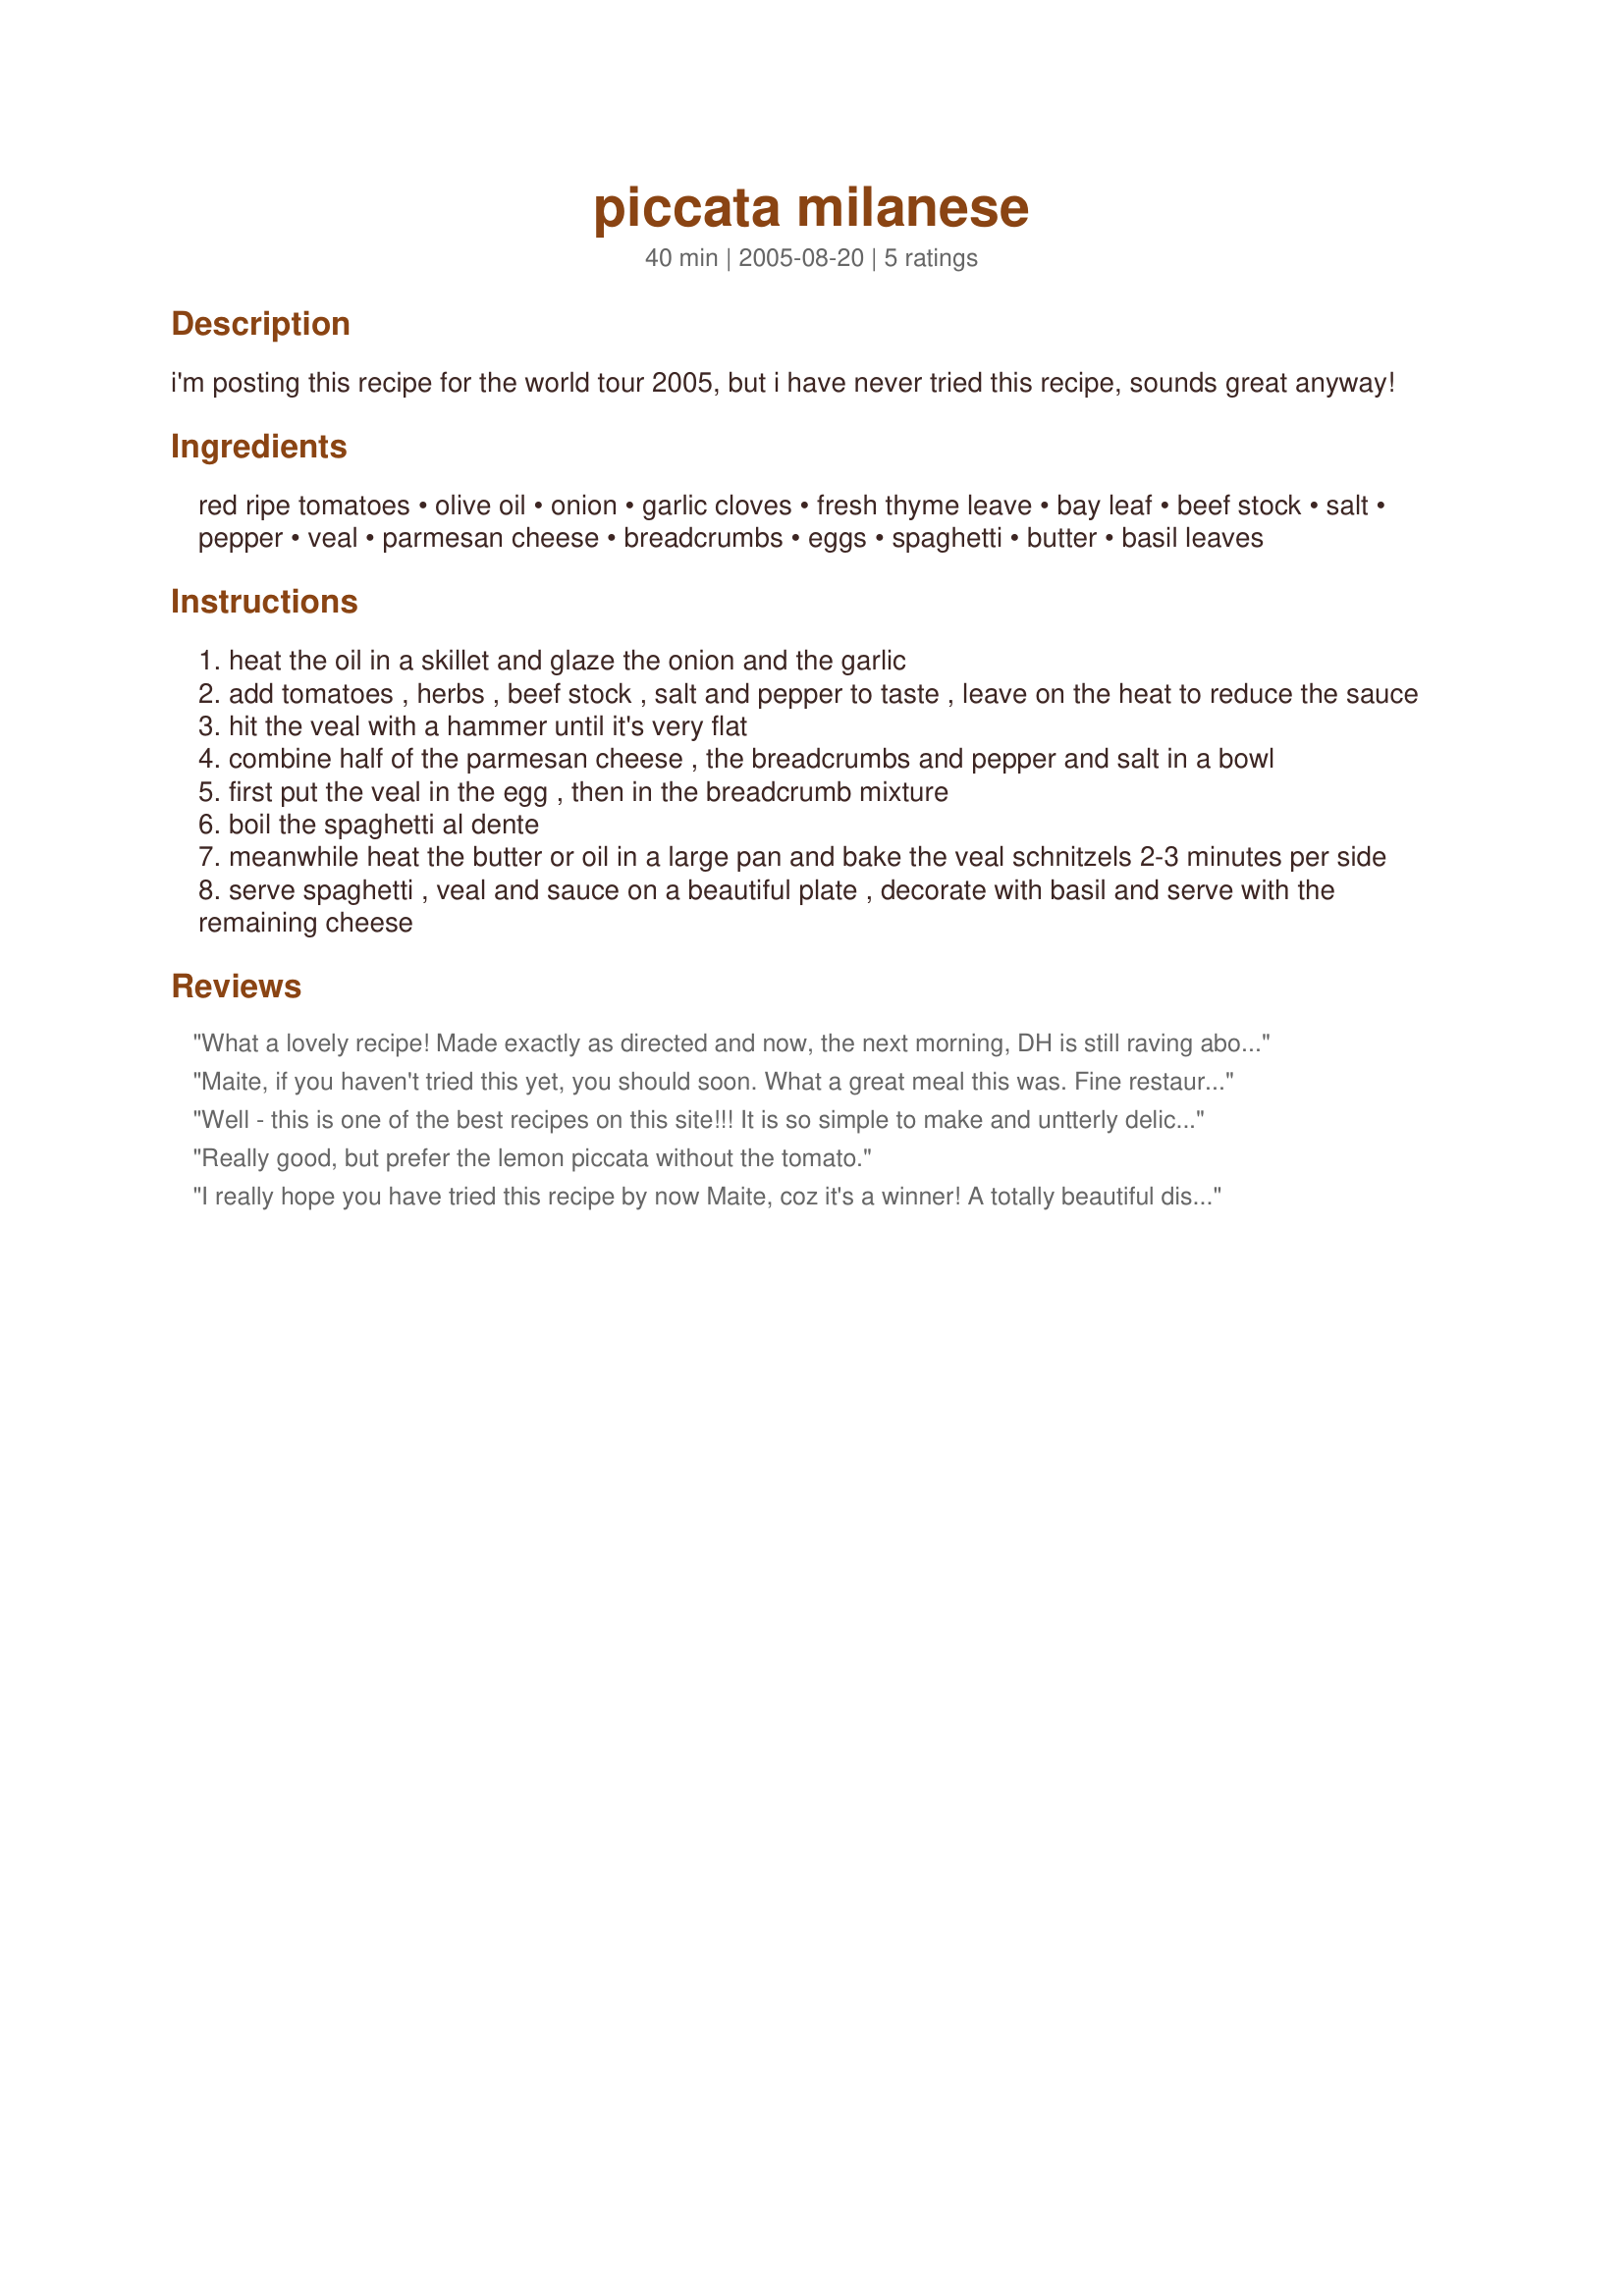
piccata milanese
Preparation time: 40 minutes

i'm posting this recipe for the world tour 2005, but i have never tried this recipe, sounds great anyway!

Ingredients:
red ripe tomatoes, olive oil, onion, garlic cloves, fresh thyme leave, bay leaf, beef stock, salt, pepper, veal, parmesan cheese, breadcrumbs, eggs, spaghetti, butter, basil leaves

Steps:
heat the oil in a skillet and glaze the onion and the garlic
add tomatoes , herbs , beef stock , salt and pepper to taste , leave on the heat to reduce the sauce
hit the veal with a hammer until it's very flat
combine half of the parmesan cheese , the breadcrumbs and pepper and salt in a bowl
first put the veal in the egg , then in the breadcrumb mixture
boil the spaghetti al dente
meanwhile heat the butter or oil in a large pan and bake the veal schnitzels 2-3 minutes per side
serve spaghetti , veal and sauce on a beautiful plate , decorate with basil and serve with the remaining cheese

Reviews:
What a lovely recipe! Made exactly as directed and now, the next morning, DH is still raving about it. Easy and loaded with flavour I would be proud to serve this to guests.
Maite, if you haven't tried this yet, you should soon. What a great meal this was. Fine restaurant quality. The sauce is nice and chunky, but fresh tasting with the pasta and veal. The recipe is a bit time consuming - with peeling the tomatoes, etc. but it's worth it. Thanks for posting this winner.
Well - this is one of the best recipes on this site!!! It is so simple to make and untterly delicious. We loved it! The only thing I did different was sprinkle spice over the veal and dust it with wholemeal flour (very lightly) - I did not do the whole crumb thing and cooked in very low oil on a pan. I also used a can of chopped tomatoes. Excellent thank you!
Really good, but prefer the lemon piccata without the tomato.
I really hope you have tried this recipe by now Maite, coz it's a winner! A totally beautiful dish, easy to prepare and with amazing flavours. I can't wait to make it in the warmer months when I actually have fresh basil, I'm sure it woudld be the finishing touch. Served with garlic bread and a nice shiraz - a five star weeknight gem! Thanks for posting!
